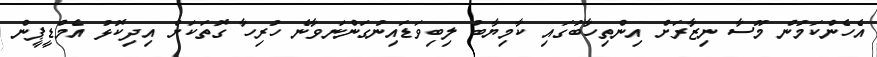
އެހެންކަމުން މޫސާ ނިޒާރަށް އިންތިހާބުގައި ކާމިޔާބު ލިބިވަޑައިނުގަންނަވާނެ ހުރިހާ ގޮތަކަށް އިދިކޮޅު އެމްޑީޕީން